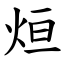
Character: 烜